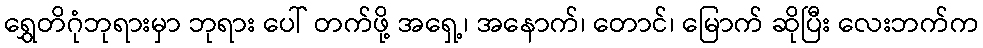
ရွှေတိဂုံဘုရားမှာ ဘုရား ပေါ် တက်ဖို့ အရှေ့၊ အနောက်၊ တောင်၊ မြောက် ဆိုပြီး လေးဘက်က